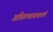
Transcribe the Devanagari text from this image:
अस्तित्वाबाबतची